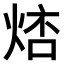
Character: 𤉮